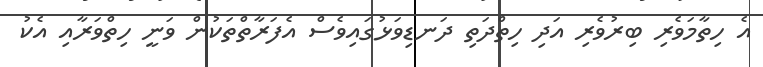
އެ ހިތާމަވެރި ބިރުވެރި އަދި ހިތްދަތިި ދަނޑިވަޅުގައިވެސް އެފަރާތްތަކުން ވަނީ ހިތްވަރާއި އެކު